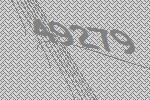
49279